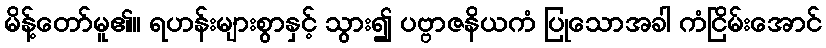
မိန့်တော်မူ၏။ ရဟန်းများစွာနှင့် သွား၍ ပဗ္ဗာဇနိယကံ ပြုသောအခါ ကံငြိမ်းအောင်